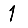
Digit: 1